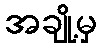
အချို့မှ